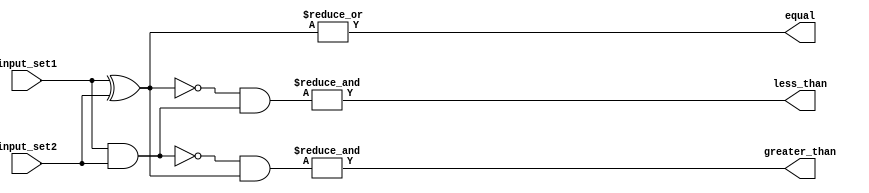
module parallel_comparator(
    input [3:0] input_set1,
    input [3:0] input_set2,
    output equal,
    output greater_than,
    output less_than
);

wire [3:0] xor_result;
wire [3:0] and_result;

assign xor_result = input_set1 ^ input_set2;
assign and_result = input_set1 & input_set2;

assign equal = |(xor_result);
assign greater_than = &(~(and_result) & xor_result);
assign less_than = &(~(xor_result) & and_result);

endmodule